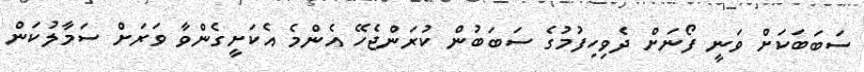
ސަބަބަކަށް ވަނީ ފޯނަށް ދެވިހިފުމުގެ ސަބަބުން ކުރަންޖެހޭ އެންމެ އެކަށީގެންވާ ވަރަށް ސަމާލުކަން